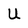
Character: U